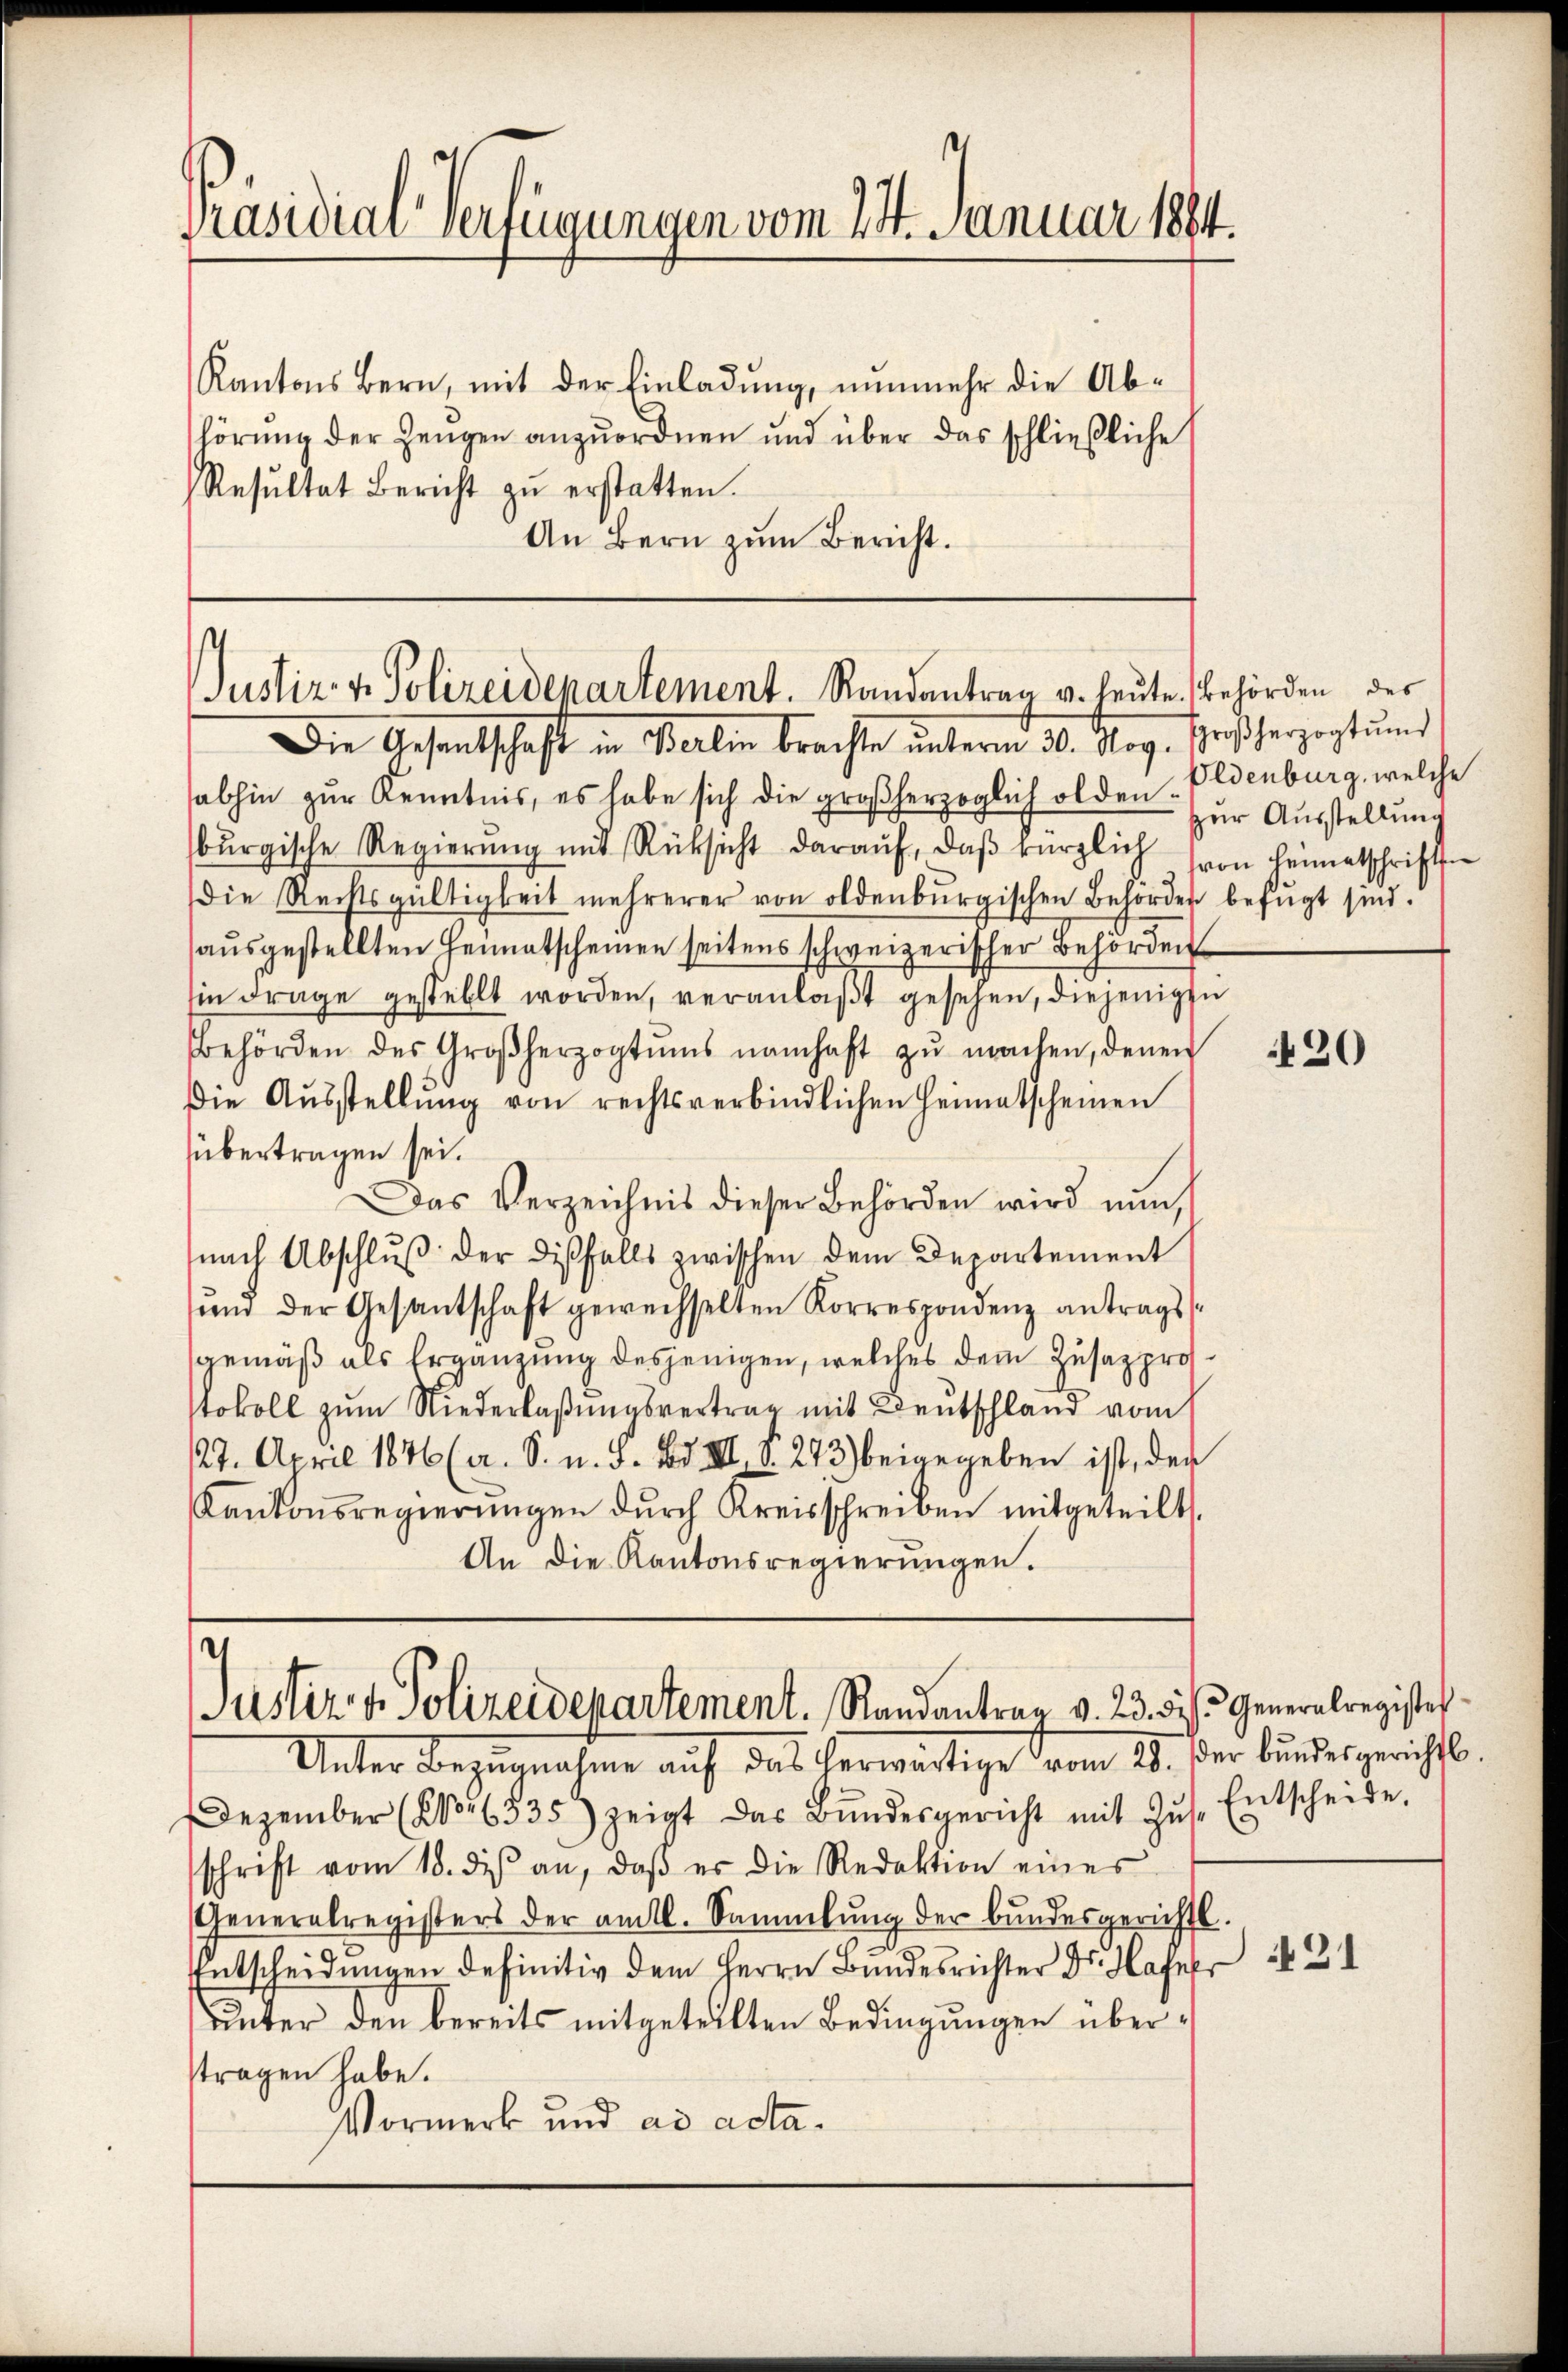
Präsidial-Verfügungen vom 24. Januar 1884.

Kantons Bern, mit der Einladung, nunmehr die Ab-
hörung der Zeugen anzuordnen und über das schließliche
Resŭltat Bericht zŭ erstatten.
An Bern zum Bericht.

Justiz- & Polizeidepartement. Randantrag u. heute. Behörden des

Justiz & Polizeidepartement. Randantrag v. 23. 3. Generalregister

Die Gesandtschaft in Berlin brachte unterm 30. Nov. Großherzogtŭms
abhin zŭr Kenntnis, es habe sich die großherzoglich olden Eldenburg, welche
bŭrgische Regierŭng mit Rücksicht daraŭf, daβ kürzlich von Heimatschriften
Die Rechtsgültigkeit mehrerer von oldenbŭrgischen Behörden befugt sind.
aŭsgestellten Heimatscheinen seitens schweizerischer Behörden
in Frage gestellt worden, veranlaßt gesehen, diejenigen
Bbehörden des Großherzogtŭms namhaft zŭ machen, denen
Die Aŭsstellŭng von rechtsverbindlichen Heimatscheinen
übertragen sei.
Das Verzeichnis dieser Behörden wird nun,
nach Abschlŭβ der disfalls zwischen dem Departement
sund der Gesantschaft gewechselten Korrespondenz antrags
gemäß als Ergänzung desjenigen, welches dem Zusatzprostokoll zŭm Niederlaßungsvertrag mit Deutschland vom
127. April 1876 (a. S. u. S. Bd. III. S. 273 beigegeben ist, der
Kantonsregierŭngen durch Kreisschreiben mitgeteilt.
An die Kantonsregierŭngen.

Unter Bezugnahme auf das herwärtige vom 28. Der bundesgerichts
Dezember (Kor6335) zeigt das Bŭndesgericht mit Zŭs. Entscheide.
schrift vom 18. di an, daβ er die Redaktion eines
Generalregisters der amtl. Sammlung der bundesgerichts
Entscheidŭngen definitiv dem Herrn Bericht a
ŭnter den bereits mitgeteilten Bedingungen überstragen habe.
Vormerk und ad acta¬

zur Ausstellung

420